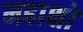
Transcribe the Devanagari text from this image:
महाक्षो